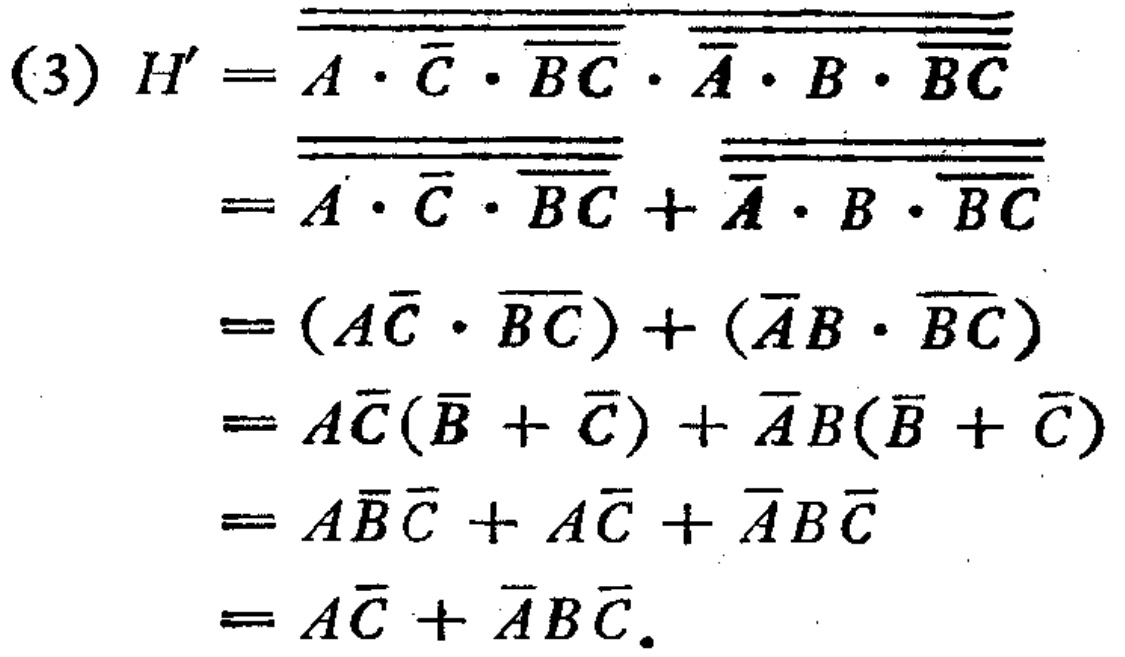
\begin{align*}

(3) \ H'&=\overline{\overline{\overline{A\cdot \overline{C}\cdot \overline{BC}}\cdot \overline{\overline{A}\cdot B\cdot \overline{BC}}}}\\

&=\overline{\overline{\overline{A\cdot \overline{C}\cdot \overline{BC}}}}+\overline{\overline{\overline{\overline{A}\cdot B\cdot \overline{BC}}}}\\

&=(A\overline{C}\cdot \overline{\overline{BC}})+(\overline{A}B\cdot \overline{\overline{BC}})\\

&=A\overline{C}(\overline{B}+\overline{C})+\overline{A}B(\overline{B}+\overline{C})\\

&=A\overline{B}\overline{C}+A\overline{C}+\overline{A}B\overline{C}\\

&=A\overline{C}+\overline{A}B\overline{C}.

\end{align*}